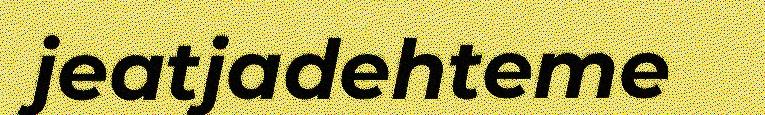
jeatjadehteme